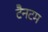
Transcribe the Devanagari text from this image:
टैनटम